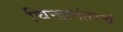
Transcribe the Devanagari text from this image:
चिन्हानंतरचे